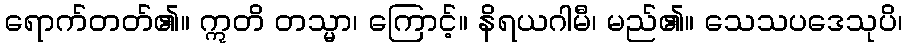
ရောက်တတ်၏။ ဣတိ တသ္မာ၊ ကြောင့်။ နိရယဂါမီ၊ မည်၏။ သေသပဒေသုပိ၊